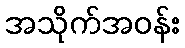
အသိုက်အဝန်း